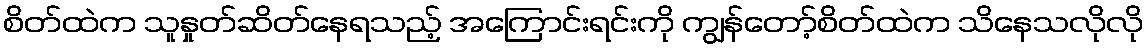
စိတ်ထဲက သူနှုတ်ဆိတ်နေရသည့် အကြောင်းရင်းကို ကျွန်တော့်စိတ်ထဲက သိနေသလိုလို